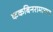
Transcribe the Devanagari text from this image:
ककबिनरामायण